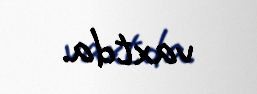
vaxtda.